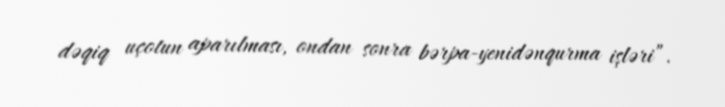
dəqiq uçotun aparılması, ondan sonra bərpa-yenidənqurma işləri”.